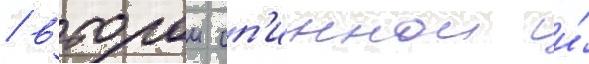
/ второи сп'иннои и́